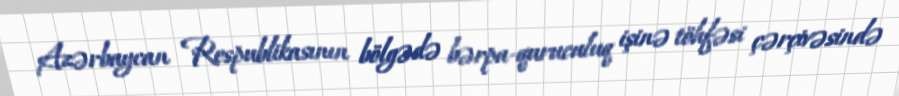
Azərbaycan Respublikasının bölgədə bərpa-quruculuq işinə töhfəsi çərçivəsində